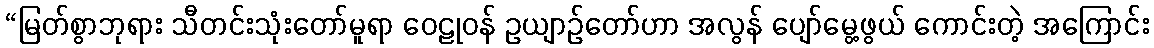
“မြတ်စွာဘုရား သီတင်းသုံးတော်မူရာ ဝေဠုဝန် ဥယျာဉ်တော်ဟာ အလွန် ပျော်မွေ့ဖွယ် ကောင်းတဲ့ အကြောင်း